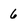
Character: 6